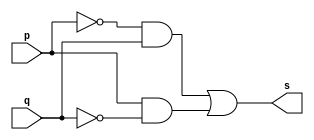
// ---------------------------------------
// Guia 01 Ex6	 - xor 
// Nome:lvaro Henrique de Arajo Rungue
// ---------------------------------------

// ---------------------
// -- xor gate
// ---------------------

module xorgate (s, p, q );
 output s;
 input  p, q;

 assign s = ( ~p&q | p&~q );

endmodule // xorgate

// ---------------------
// -- test xor gate
// ---------------------

module testxorgate;
 reg   a, b;
 wire  s;
          // instancia
 xorgate XOR1 (s, a, b  );
 
          // parte principal
 initial begin
      $display("Guia 1 Exercicio 6 - Alvaro");
      $display("Test xor gate");
      $display("\na ^ b  = s\n");
      a=0; b=0;
      $monitor("%b ^ %b  = %b", a , b , s);
   #1 a=0; b=1;
   #1 a=1; b=0;
   #1 a=1; b=1;
  

 end

endmodule // testnandgate